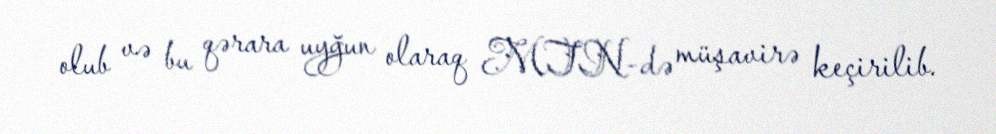
olub və bu qərara uyğun olaraq MTN-də müşavirə keçirilib.